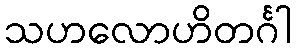
သဟလောဟိတင်္ဂါ